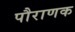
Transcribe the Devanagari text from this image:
पौराणक